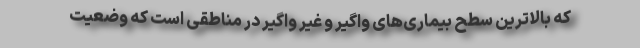
که بالاترین سطح بیماری‌های واگیر و غیر واگیر در مناطقی است که وضعیت